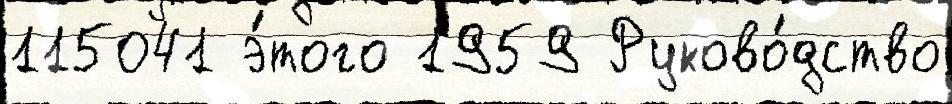
115041 э́того 1959 Руково́дство